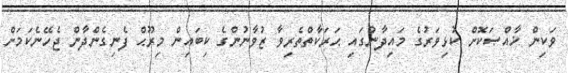
ވަކިން ޚާއްޞަކޮށް ކުޅިވަރުގެ މައިދާނުގައި ޙަރަކާތްތެރިވާ ޒުވާނުންގެ ކިބައިން މިރޫޙް ފެނިގެންދާން ޖެހޭނެކަމަށް